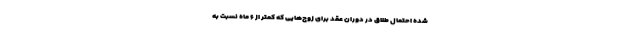
شده احتمال طلاق در دوران عقد برای زوج‌هایی که کمتر از ۶ ماه نسبت به